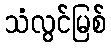
သံလွင်မြစ်